Civil Veterinary Dept. Bombay admin report 1907-1913 - 1907-1913
Year: 1907
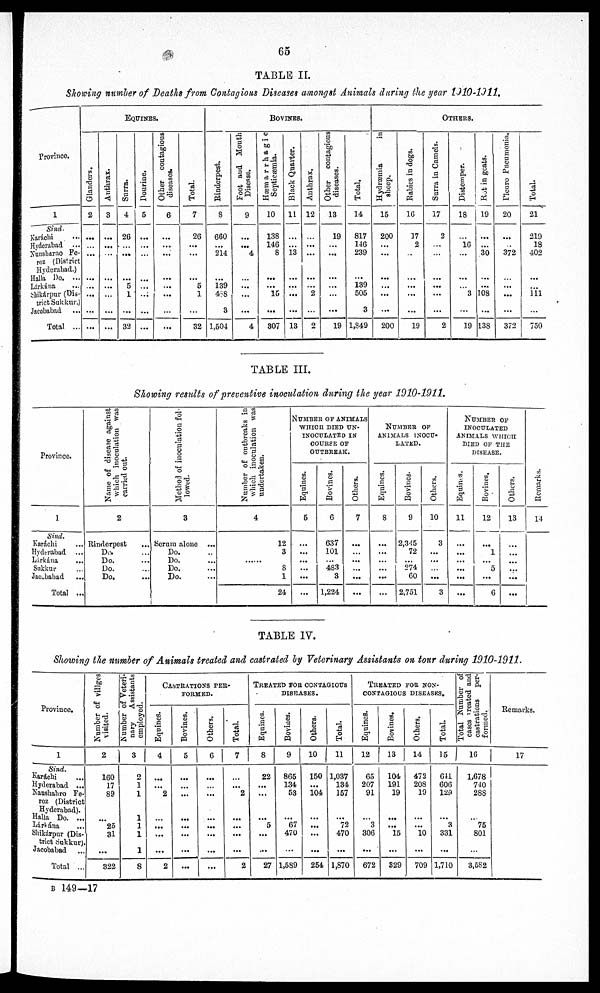
65
TABLE II.
Showing number of Deaths from Contagious Diseases amongst Animals during the year 1910-1311,
province.
1
Sind.
Karáchi ...
Hyderabad ...
Nunsharao Fe-
roz (District
Hyderabad.)
Halla Do. ...
Lárkána ...
Shikárpur (Dis-
trict Sukkur.)
Jacobabad
Total ...
EQUINES.
Glanders.
2
...
...
...
...
...
...
...
...
Anthrax.
3
...
...
...
...
...
...
...
...
Surra.
4
26
...
...
...
5
1
...
32
Dourine.
5
...
...
...
...
...
...
...
...
Other contagious
diseases.
6
...
...
...
...
...
...
...
...
Total.
7
26
...
...
...
5
1
...
32
BOVINES.
Rinderpest.
8
660
...
214
...
139
488
3
1,504
Foot and Mouth
Disease.
9
...
...
4
... ...
...
...
4
Hæmarrhagic
Septicaemia.
10
138
146
8
...
...
15
...
307
Black Quarter.
11
...
...
13
...
...
...
...
13
Anthrax.
12
...
...
...
...
...
2
...
2
Other
contagious
diseases.
13
19
...
...
...
...
...
...
19
Total.
14
817
146
239
...
139
505
3
1,849
OTHERS.
Hydræmia
in
sheep.
15
200
...
...
...
...
...
...
200
Rabies in dogs.
16
17
2
...
...
...
...
...
19
Surra in Camels.
17
2
...
...
...
...
...
...
2
Distemper.
18
...
16
...
...
...
3
...
19
Rot
in geats.
19
...
...
30
...
...
108
...
138
Pleuro Pneumonia.
20
...
...
372
... ...
...
...
372
Total.
21
219
18
402
...
...
111
...
750
TABLE III.
Showing results of preventive inoculation during the year 1010-1911.
Province.
1
Sind.
Karachi
Hyderabad ...
Lárkána
...
Sukkur
Jacobabad
...
Total ...
Name of disease against
which inoculation was
carried out.
2
Rinderpest ...
Do. ...
Do. ...
Do. ...
Do. ...
Method of inoculation fol-
lowed.
3
Serum alone ...
Do. ...
Do. ...
Do. ...
Do. ...
Number of outbreaks in
which inoculation was
undertaken.
4
12
3
......
8
1
24
NUMBER OF ANIMALS
WHICH DIED UN-
INOCULATED IN
COURSE OF
OUTBREAK.
Equines.
5
...
...
...
...
...
...
Bovines.
6
637
101
...
483
3
1,224
Others.
7
...
...
...
...
...
...
NUMBER OF
ANIMALS INOCU-
LATED.
Equities.
8
...
...
...
...
...
Bovines.
9
2,345
72
...
274
60
2,751
Others.
10
3
...
...
...
...
3
NUMBER OF
INOCULATED
ANIMALS WHICH
DIED OF THE
DISEASE.
Equines.
11
...
...
...
...
...
...
Bovines.
12
...
1
...
5
...
6
Others.
13
...
...
...
...
...
...
Remarks.
14
TABLE IV.
Showing the number of Animals treated and castrated by Veterinary Assistants on tour during 1910-1911.
Province.
1
Sind.
Karáchi ...
Hyderabad ...
Naushahro Fe-
roz (District
Hyderabad).
Halla Do. ...
Lártána ...
Shikárpur (Dis-
trict Sukkur).
Jacobabad ...
Total ...
Number of villges
visited.
2
160
17
89
... 25
31
...
322
Number
of Veteri-
nary
Assistants
employed.
3
2
1
1
1
1
1
1
8
CASTRATIONS PER-
------.
Equines.
4
...
...
2
... ...
...
...
2
Bovines.
5
...
...
...
...
...
...
...
...
Others.
6
...
...
...
...
...
...
...
...
Total.
7
...
...
2
...
...
...
...
2
TREATED FOR CONTAGIOUS
DISEASES.
Equines.
8
22
...
...
... 5
...
...
27
Bovines.
9
865
134
53
...
67
470
...
1,589
Others.
10
150
...
104
...
...
...
...
254
Total.
11
1,037
134
157
...
72
470
...
1,870
TREATED FOR NON-
---------- DISEASES.
Equines.
12
65
207
91
... 3
306
...
672
Bovines.
13
104
191
19
...
...
15
...
329
Others.
14
472
208
19
...
...
10
...
709
Total.
15
644
606
129
... 3
331
...
1,710
Total Number of
cases treated and
castrations per-
formed.
16
1,678
740
288
... 75
801
3,582
Remarks.
17
B 149—17